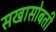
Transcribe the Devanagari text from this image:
सखासोबती